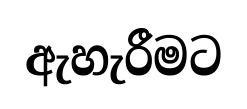
ඇහැරීමට